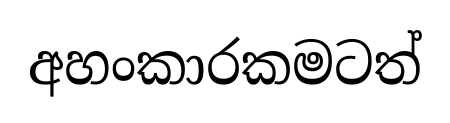
අහංකාරකමටත්